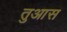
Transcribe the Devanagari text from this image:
तुआस